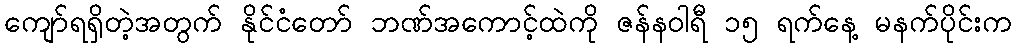
ကျော်ရရှိတဲ့အတွက် နိုင်ငံတော် ဘဏ်အကောင့်ထဲကို ဇန်နဝါရီ ၁၅ ရက်နေ့ မနက်ပိုင်းက